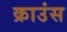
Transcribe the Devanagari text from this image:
क्राउंस